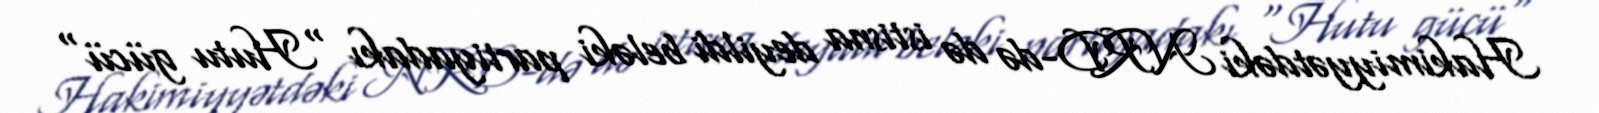
Hakimiyyətdəki NRD-də də istisna deyildi beləki partiyadakı "Hutu gücü"